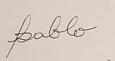
Signature authenticity: forged